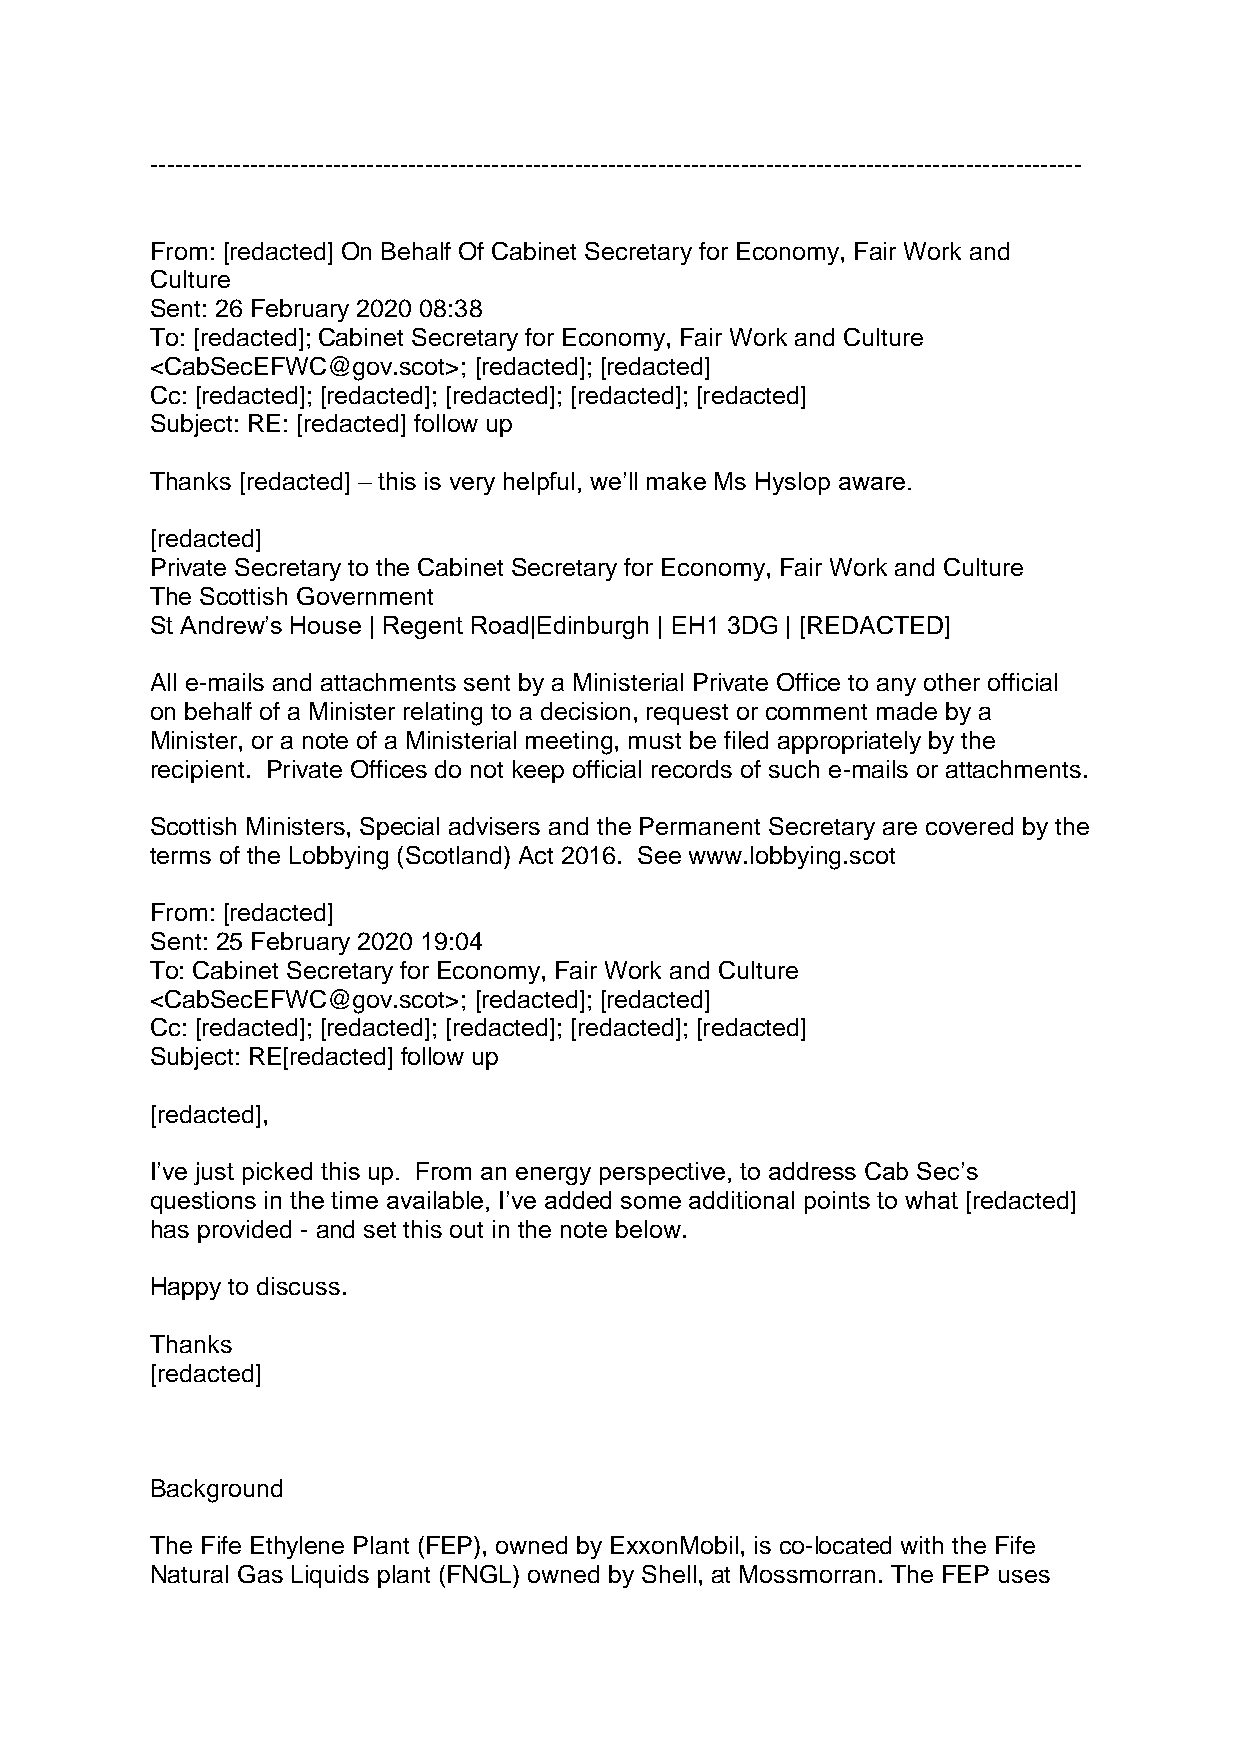
----------------------------------------------------------------------------------------------------------------
 From: [redacted] On Behalf Of Cabinet Secretary for Economy, Fair Work and
 Culture
 Sent: 26 February 2020 08:38
 To: [redacted]; Cabinet Secretary for Economy, Fair Work and Culture
 <CabSecEFWC@gov.scot>; [redacted]; [redacted]
 Cc: [redacted]; [redacted]; [redacted]; [redacted]; [redacted]
 Subject: RE: [redacted] follow up
 Thanks [redacted] – this is very helpful, we’ll make Ms Hyslop aware.
 [redacted]
 Private Secretary to the Cabinet Secretary for Economy, Fair Work and Culture
 The Scottish Government
 St Andrew’s House | Regent Road|Edinburgh | EH1 3DG | [REDACTED]
 All e-mails and attachments sent by a Ministerial Private Office to any other official
 on behalf of a Minister relating to a decision, request or comment made by a
 Minister, or a note of a Ministerial meeting, must be filed appropriately by the
 recipient. Private Offices do not keep official records of such e-mails or attachments.
 Scottish Ministers, Special advisers and the Permanent Secretary are covered by the
 terms of the Lobbying (Scotland) Act 2016. See www.lobbying.scot
 From: [redacted]
 Sent: 25 February 2020 19:04
 To: Cabinet Secretary for Economy, Fair Work and Culture
 <CabSecEFWC@gov.scot>; [redacted]; [redacted]
 Cc: [redacted]; [redacted]; [redacted]; [redacted]; [redacted]
 Subject: RE[redacted] follow up
 [redacted],
 I’ve just picked this up. From an energy perspective, to address Cab Sec’s
 questions in the time available, I’ve added some additional points to what [redacted]
 has provided - and set this out in the note below.
 Happy to discuss.
 Thanks
 [redacted]
 Background
 The Fife Ethylene Plant (FEP), owned by ExxonMobil, is co-located with the Fife
 Natural Gas Liquids plant (FNGL) owned by Shell, at Mossmorran. The FEP uses